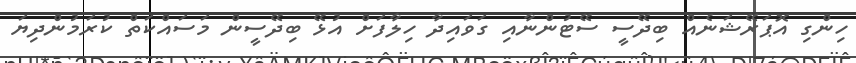
ހިންގި އޮޕަރޭޝަނެއް ބިދޭސީ ސޭޓުންނާއި ގަވައިދާ ހިލާފަށް އުޅޭ ބިދޭސީން މަސައްކަތް ކުރަމުންދިޔަ